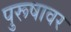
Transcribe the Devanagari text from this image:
पुरूषावर